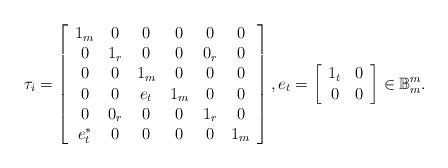
LaTeX: \begin{align*}\tau_i=\left[\begin{array}{cccccc}1_{m} & 0 & 0 & 0 & 0 & 0\\0 & 1_r & 0 & 0 & 0_r & 0\\0 & 0 & 1_{m} & 0 & 0 & 0\\0 & 0 & e_t & 1_{m} & 0 & 0\\0 & 0_r & 0 & 0 & 1_r & 0\\e_t^{\ast} & 0 & 0 & 0 & 0 & 1_{m}\end{array}\right],e_t=\left[\begin{array}{cc}1_t & 0\\0 & 0\end{array}\right]\in\mathbb{B}^{m}_{m}.\end{align*}